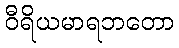
ဝီရိယမာရဘတော